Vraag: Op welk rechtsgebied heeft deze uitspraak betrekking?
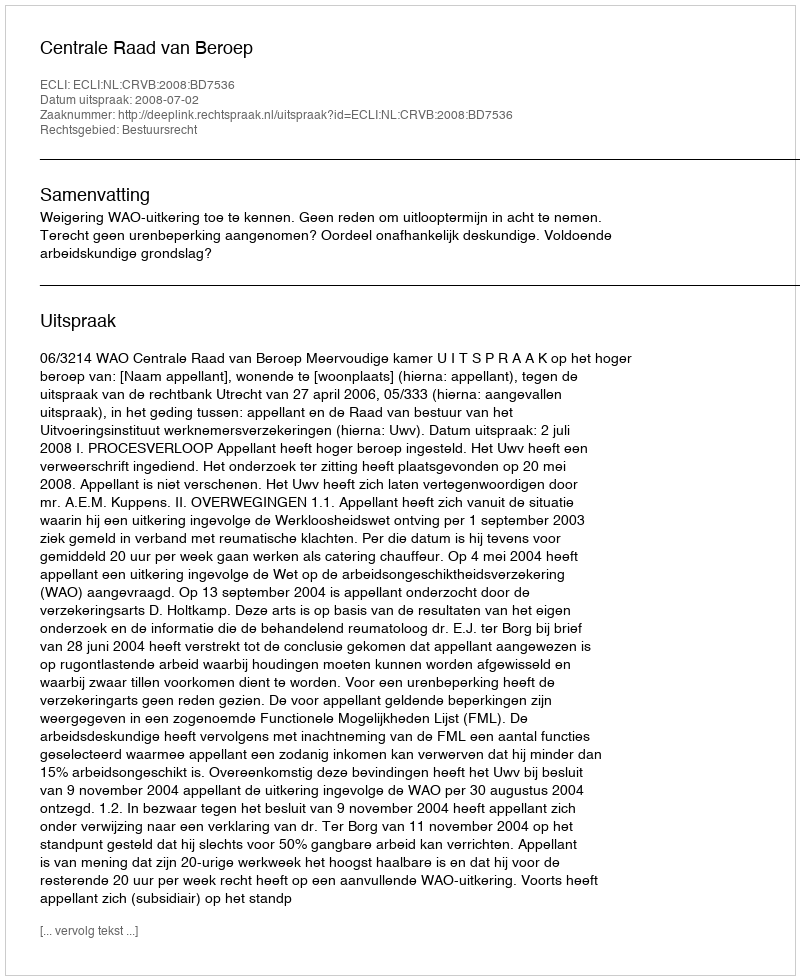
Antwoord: Bestuursrecht